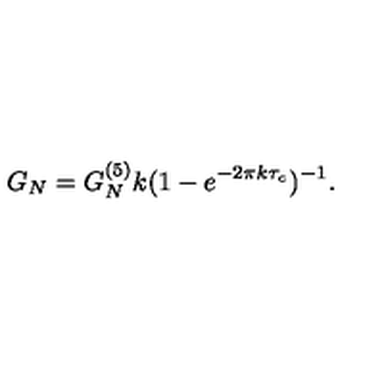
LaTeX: G _ { N } = G _ { N } ^ { ( 5 ) } k ( 1 - e ^ { - 2 \pi k \tau _ { c } } ) ^ { - 1 } .